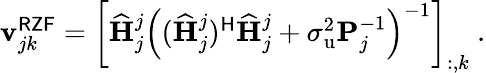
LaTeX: \begin{array}{r}{\mathbf{v}_{jk}^{\mathsf{RZF}}=\left[\widehat{\mathbf{H}}_{j}^{j}\left((\widehat{\mathbf{H}}_{j}^{j})^{\mathsf{H}}\widehat{\mathbf{H}}_{j}^{j}+\sigma_{\mathrm{u}}^{2}\mathbf{P}_{j}^{-1}\right)^{-1}\right]_{:,k}\ .}\end{array}